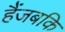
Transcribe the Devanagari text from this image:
हैंजबकि